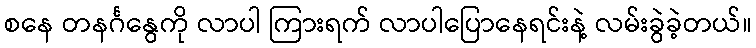
စနေ တနင်္ဂနွေကို လာပါ ကြားရက် လာပါပြောနေရင်းနဲ့ လမ်းခွဲခဲ့တယ်။